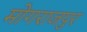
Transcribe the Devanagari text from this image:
मोगराजपुर